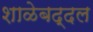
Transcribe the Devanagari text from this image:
शाळेबद्दल